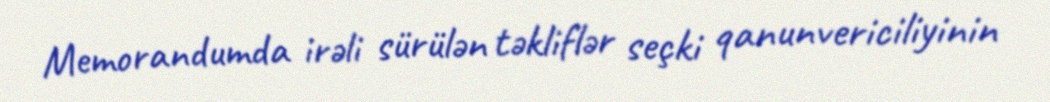
Memorandumda irəli sürülən təkliflər seçki qanunvericiliyinin